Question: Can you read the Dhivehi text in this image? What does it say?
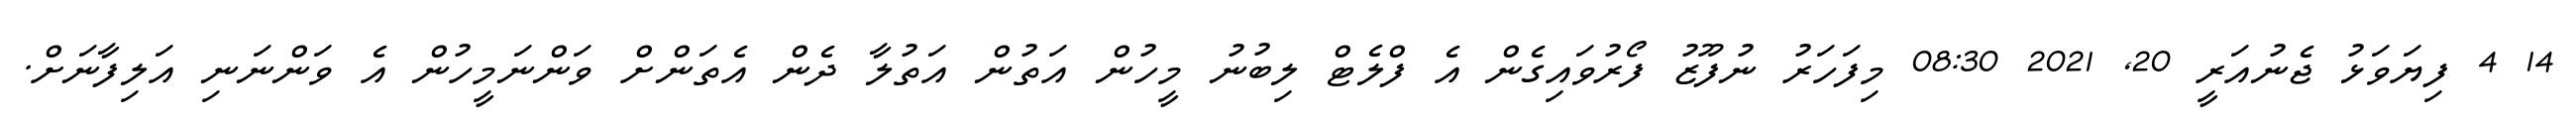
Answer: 14 4 ފިޔަވަޅު ޖެނުއަރީ 20, 2021 08:30 މިފަހަރު ނުފޫޒު ފޯރުވައިގެން އެ ފްލެޓް ލިބުނު މީހުން އަތުން އަތުލާ ދެން އެތަންށް ވަންނަމީހުން އެ ވަންނަނި އަލިފާނަށް.